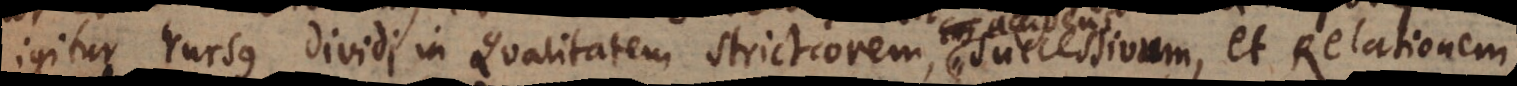
igitur rursus dividi in Qualitatem strictiorem, successivam, Ens